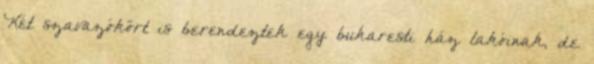
Két szavazókört is berendeztek egy bukaresti ház lakóinak, de